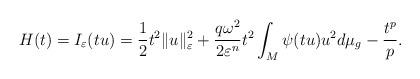
LaTeX: \begin{align*}H(t)=I_{\varepsilon}(tu)=\frac{1}{2}t^{2}\|u\|_{\varepsilon}^{2}+\frac{q\omega^{2}}{2\varepsilon^{n}}t^{2}\int_{M}\psi(tu)u^{2}d\mu_{g}-\frac{t^{p}}{p}.\end{align*}